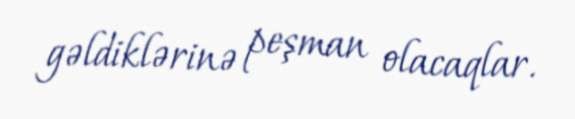
gəldiklərinə peşman olacaqlar.